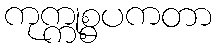
ကုက္ကုစ္စပကတာ